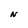
Character: N